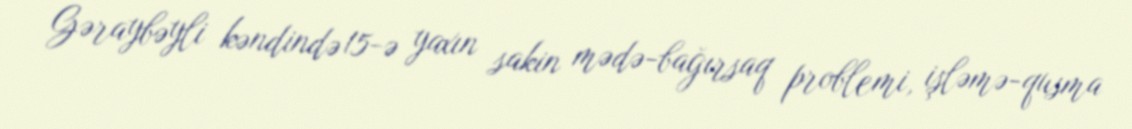
Gəraybəyli kəndində 15-ə yaxın sakin mədə-bağırsaq problemi, işləmə-qusma